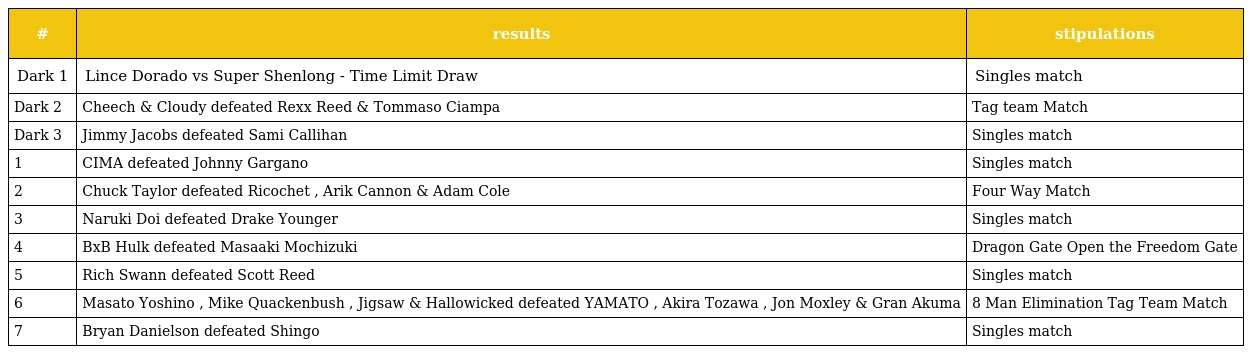
| # | results | stipulations |
 | --- | --- | --- |
 | Dark 1 | Lince Dorado vs Super Shenlong - Time Limit Draw | Singles match |
 | Dark 2 | Cheech & Cloudy defeated Rexx Reed & Tommaso Ciampa | Tag team Match |
 | Dark 3 | Jimmy Jacobs defeated Sami Callihan | Singles match |
 | 1 | CIMA defeated Johnny Gargano | Singles match |
 | 2 | Chuck Taylor defeated Ricochet , Arik Cannon & Adam Cole | Four Way Match |
 | 3 | Naruki Doi defeated Drake Younger | Singles match |
 | 4 | BxB Hulk defeated Masaaki Mochizuki | Dragon Gate Open the Freedom Gate |
 | 5 | Rich Swann defeated Scott Reed | Singles match |
 | 6 | Masato Yoshino , Mike Quackenbush , Jigsaw & Hallowicked defeated YAMATO , Akira Tozawa , Jon Moxley & Gran Akuma | 8 Man Elimination Tag Team Match |
 | 7 | Bryan Danielson defeated Shingo | Singles match |